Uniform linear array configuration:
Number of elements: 4
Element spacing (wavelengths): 0.75
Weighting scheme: hamming
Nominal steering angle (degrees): -15
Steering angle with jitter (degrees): -16.195
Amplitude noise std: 0.05
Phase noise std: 0.05

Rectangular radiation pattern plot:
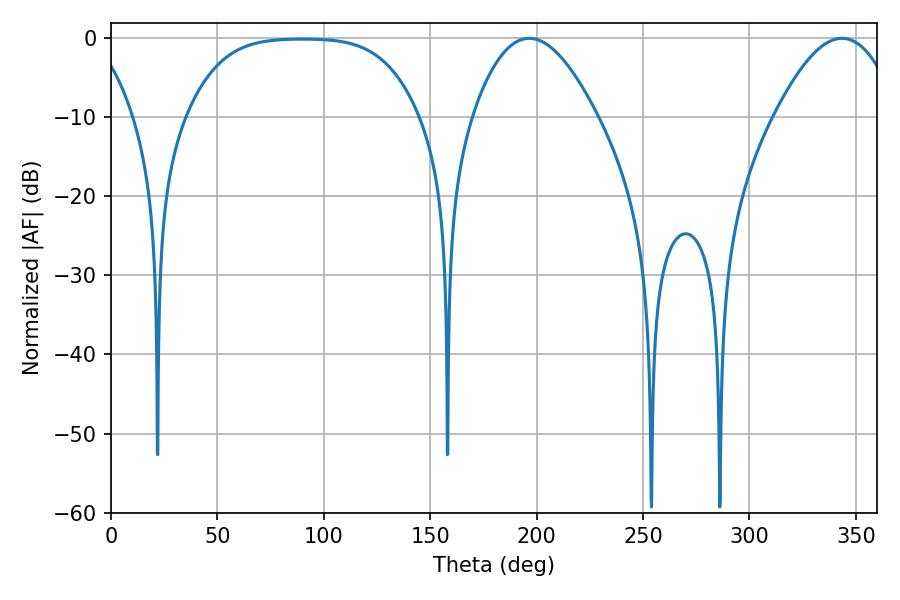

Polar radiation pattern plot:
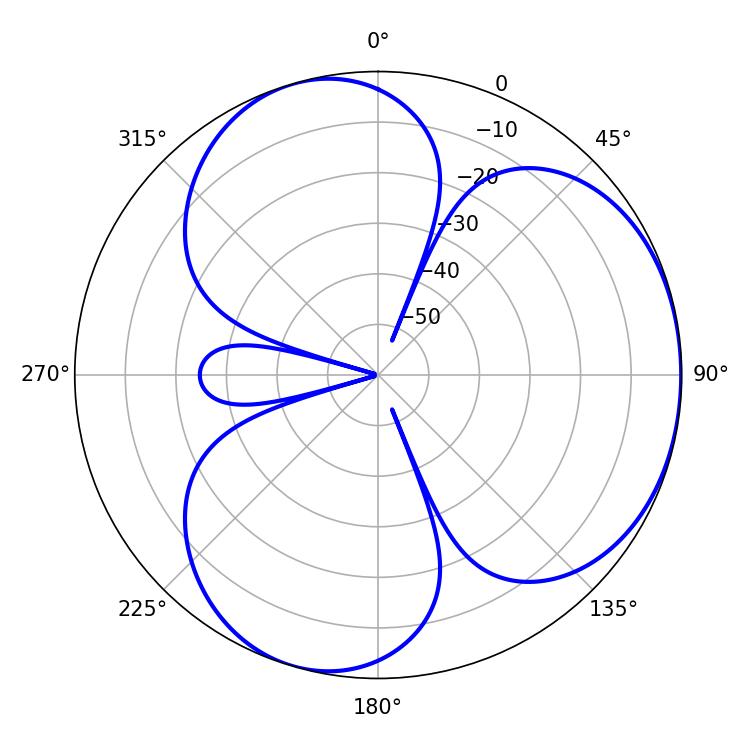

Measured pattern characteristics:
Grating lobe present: TRUE
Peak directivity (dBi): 3.903
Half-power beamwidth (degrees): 32.04
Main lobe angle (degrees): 196.56